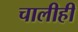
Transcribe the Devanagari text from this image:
चालीही